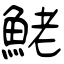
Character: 鮱